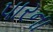
પારના